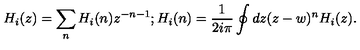
H _ { i } ( z ) = \sum _ { n } H _ { i } ( n ) z ^ { - n - 1 } ; H _ { i } ( n ) = \frac { 1 } { 2 i \pi } \oint { d z ( z - w ) ^ { n } H _ { i } ( z ) } .